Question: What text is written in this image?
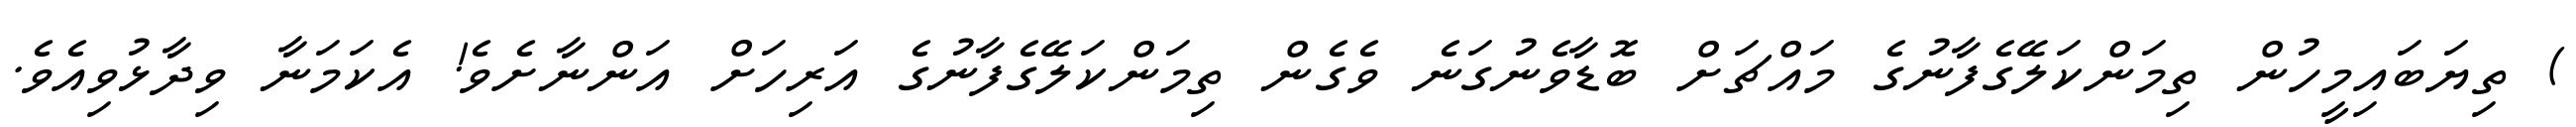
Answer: ) ތިޔަބައިމީހުން ތިމަންކަލޭގެފާނުގެ މައްޗަށް ބޮޑާވެނުގަނެ ވެގެން ތިމަންކަލޭގެފާނުގެ އަރިހަށް އަންނާށެވެ! އެކަމަނާ ވިދާޅުވިއެވެ.